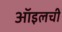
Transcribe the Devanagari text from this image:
ऑइलची